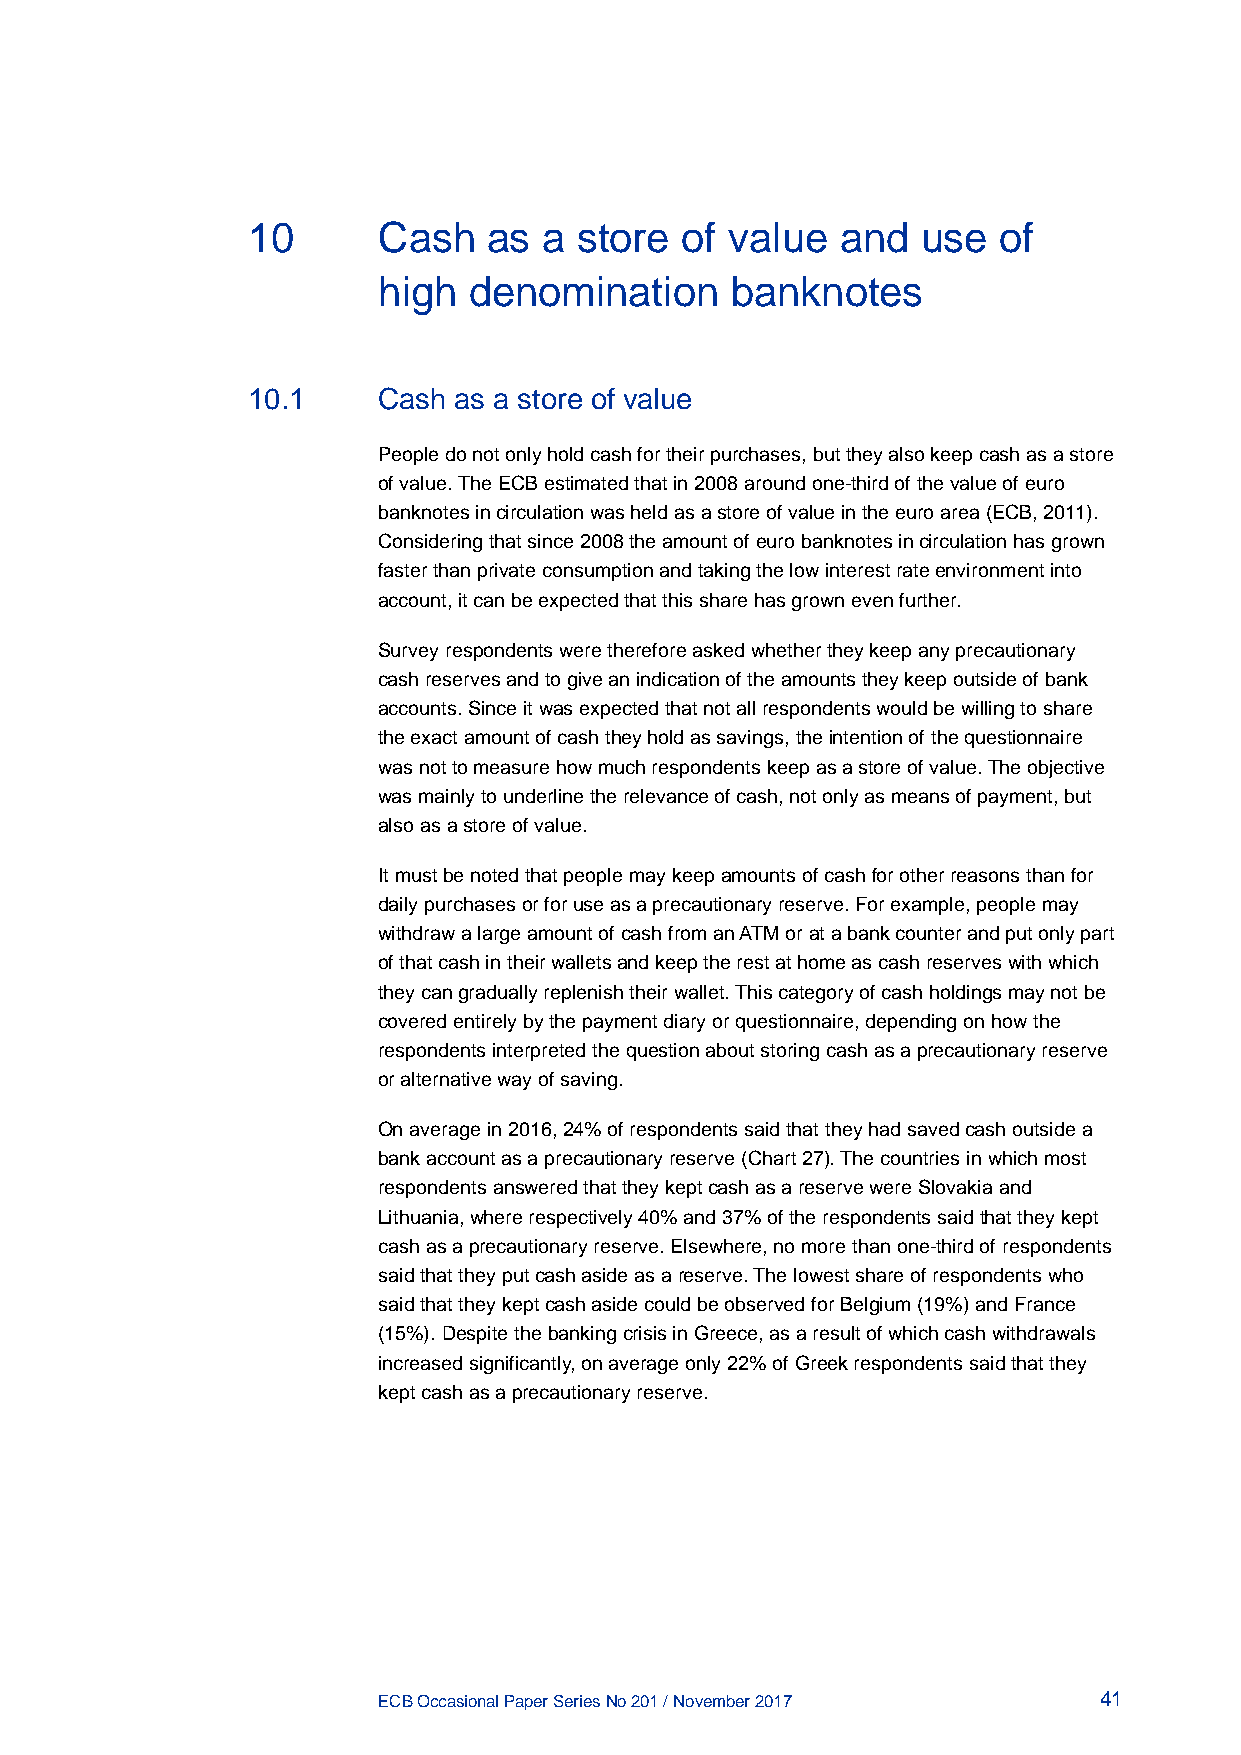
10       Cash   as  a store  of value   and  use  of
 high  denomination     banknotes
 10.1     Cash as a store of value
 People do not only hold cash for their purchases, but they also keep cash as a store
 of value. The ECB estimated that in 2008 around one-third of the value of euro
 banknotes in circulation was held as a store of value in the euro area (ECB, 2011).
 Considering that since 2008 the amount of euro banknotes in circulation has grown
 faster than private consumption and taking the low interest rate environment into
 account, it can be expected that this share has grown even further.
 Survey respondents were therefore asked whether they keep any precautionary
 cash reserves and to give an indication of the amounts they keep outside of bank
 accounts. Since it was expected that not all respondents would be willing to share
 the exact amount of cash they hold as savings, the intention of the questionnaire
 was not to measure how much respondents keep as a store of value. The objective
 was mainly to underline the relevance of cash, not only as means of payment, but
 also as a store of value.
 It must be noted that people may keep amounts of cash for other reasons than for
 daily purchases or for use as a precautionary reserve. For example, people may
 withdraw a large amount of cash from an ATM or at a bank counter and put only part
 of that cash in their wallets and keep the rest at home as cash reserves with which
 they can gradually replenish their wallet. This category of cash holdings may not be
 covered entirely by the payment diary or questionnaire, depending on how the
 respondents interpreted the question about storing cash as a precautionary reserve
 or alternative way of saving.
 On average in 2016, 24% of respondents said that they had saved cash outside a
 bank account as a precautionary reserve (Chart 27). The countries in which most
 respondents answered that they kept cash as a reserve were Slovakia and
 Lithuania, where respectively 40% and 37% of the respondents said that they kept
 cash as a precautionary reserve. Elsewhere, no more than one-third of respondents
 said that they put cash aside as a reserve. The lowest share of respondents who
 said that they kept cash aside could be observed for Belgium (19%) and France
 (15%). Despite the banking crisis in Greece, as a result of which cash withdrawals
 increased significantly, on average only 22% of Greek respondents said that they
 kept cash as a precautionary reserve.
 ECB Occasional Paper Series No 201 / November 2017 41